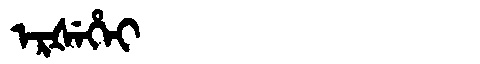
Manchu: ᡝᡵᡧᡝᡥᡝᡳ
Romanization: ERŠEHEI